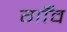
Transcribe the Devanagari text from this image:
गाँँव